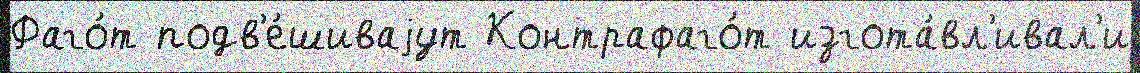
Фаго́т подв'е́шиваjут Контрафаго́т изгота́вл'ивал'и